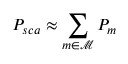
P _ { s c a } \approx \sum _ { m \in \mathcal { M } } P _ { m }